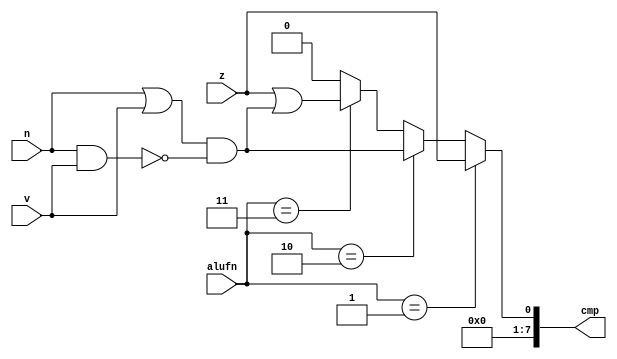
/*
   This file was generated automatically by the Mojo IDE version B1.3.6.
   Do not edit this file directly. Instead edit the original Lucid source.
   This is a temporary file and any changes made to it will be destroyed.
*/

module compare8_14 (
    input z,
    input n,
    input v,
    input [1:0] alufn,
    output reg [7:0] cmp
  );
  
  
  
  reg c;
  
  always @* begin
    if (alufn == 2'h1) begin
      c = z;
    end else begin
      if (alufn == 2'h2) begin
        c = (n || v) && !(n && v);
      end else begin
        if (alufn == 2'h3) begin
          c = z || ((n || v) && !(n && v));
        end else begin
          c = 1'h0;
        end
      end
    end
    cmp[1+6-:7] = 7'h00;
    cmp[0+0-:1] = c;
  end
endmodule